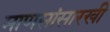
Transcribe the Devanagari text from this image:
माणसांसारखी